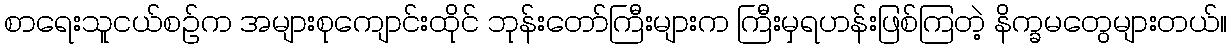
စာရေးသူငယ်စဉ်က အများစုကျောင်းထိုင် ဘုန်းတော်ကြီးများက ကြီးမှရဟန်းဖြစ်ကြတဲ့ နိက္ခမတွေများတယ်။